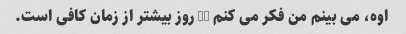
اوه، می بینم من فکر می کنم 90 روز بیشتر از زمان کافی است.